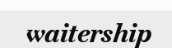
waitership